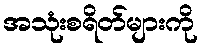
အသုံးစရိတ်များကို